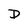
Character: D